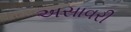
અસાવરી